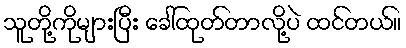
သူတို့ကိုများပြီး ခေါ်ထုတ်တာလို့ပဲ ထင်တယ်။